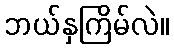
ဘယ်နှကြိမ်လဲ။